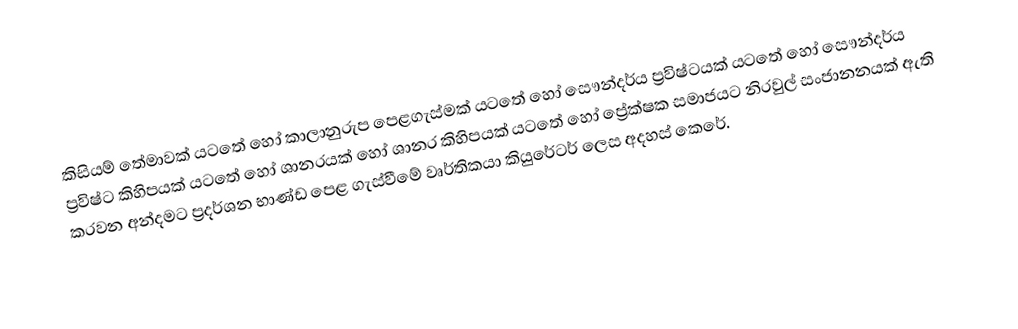
කිසියම් තේමාවක් යටතේ හෝ කාලානුරුප පෙළගැස්මක් යටතේ හෝ  සෞන්දර්ය ප්‍රවිෂ්ටයක් යටතේ හෝ සෞන්දර්ය ප්‍රවිෂ්ට කිහිපයක් යටතේ හෝ  ශානරයක් හෝ ශානර කිහිපයක් යටතේ හෝ ප්‍රේක්ෂක සමාජයට නිරවුල් සංජානනයක් ඇති කරවන අන්දමට   ප්‍රදර්ශන භාණ්ඩ  පෙළ ගැස්වීමේ වෘර්තිකයා කියුරේටර් ලෙස අදහස් කෙරේ.